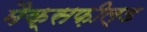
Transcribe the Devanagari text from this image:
मैक्सफ़ील्ड